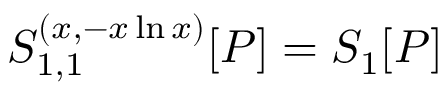
S _ { 1 , 1 } ^ { ( x , - x \ln x ) } [ P ] = S _ { 1 } [ P ]